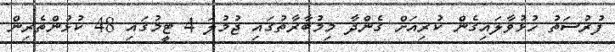
ފުރުސަތު ހުޅުވާލައިގެން ކުރިއަށް ގެންދާ މިމުބާރާތުގައި ޖުމުލަ 4 ޓީމުގައި 48 ކުޅުންތެރިން